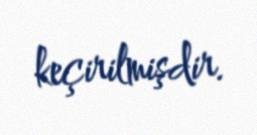
keçirilmişdir.